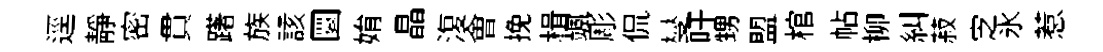
逕静密貫躇族該圜姢晶𣸪㑹挽楫颯彫侃燮吁甥盟棺帖柳糾菽㝎氷惹